342_HS1-416511228_319.1 Flying Discs 1949
Agency: Department of War
Incident date: 1/9/50
Page 99
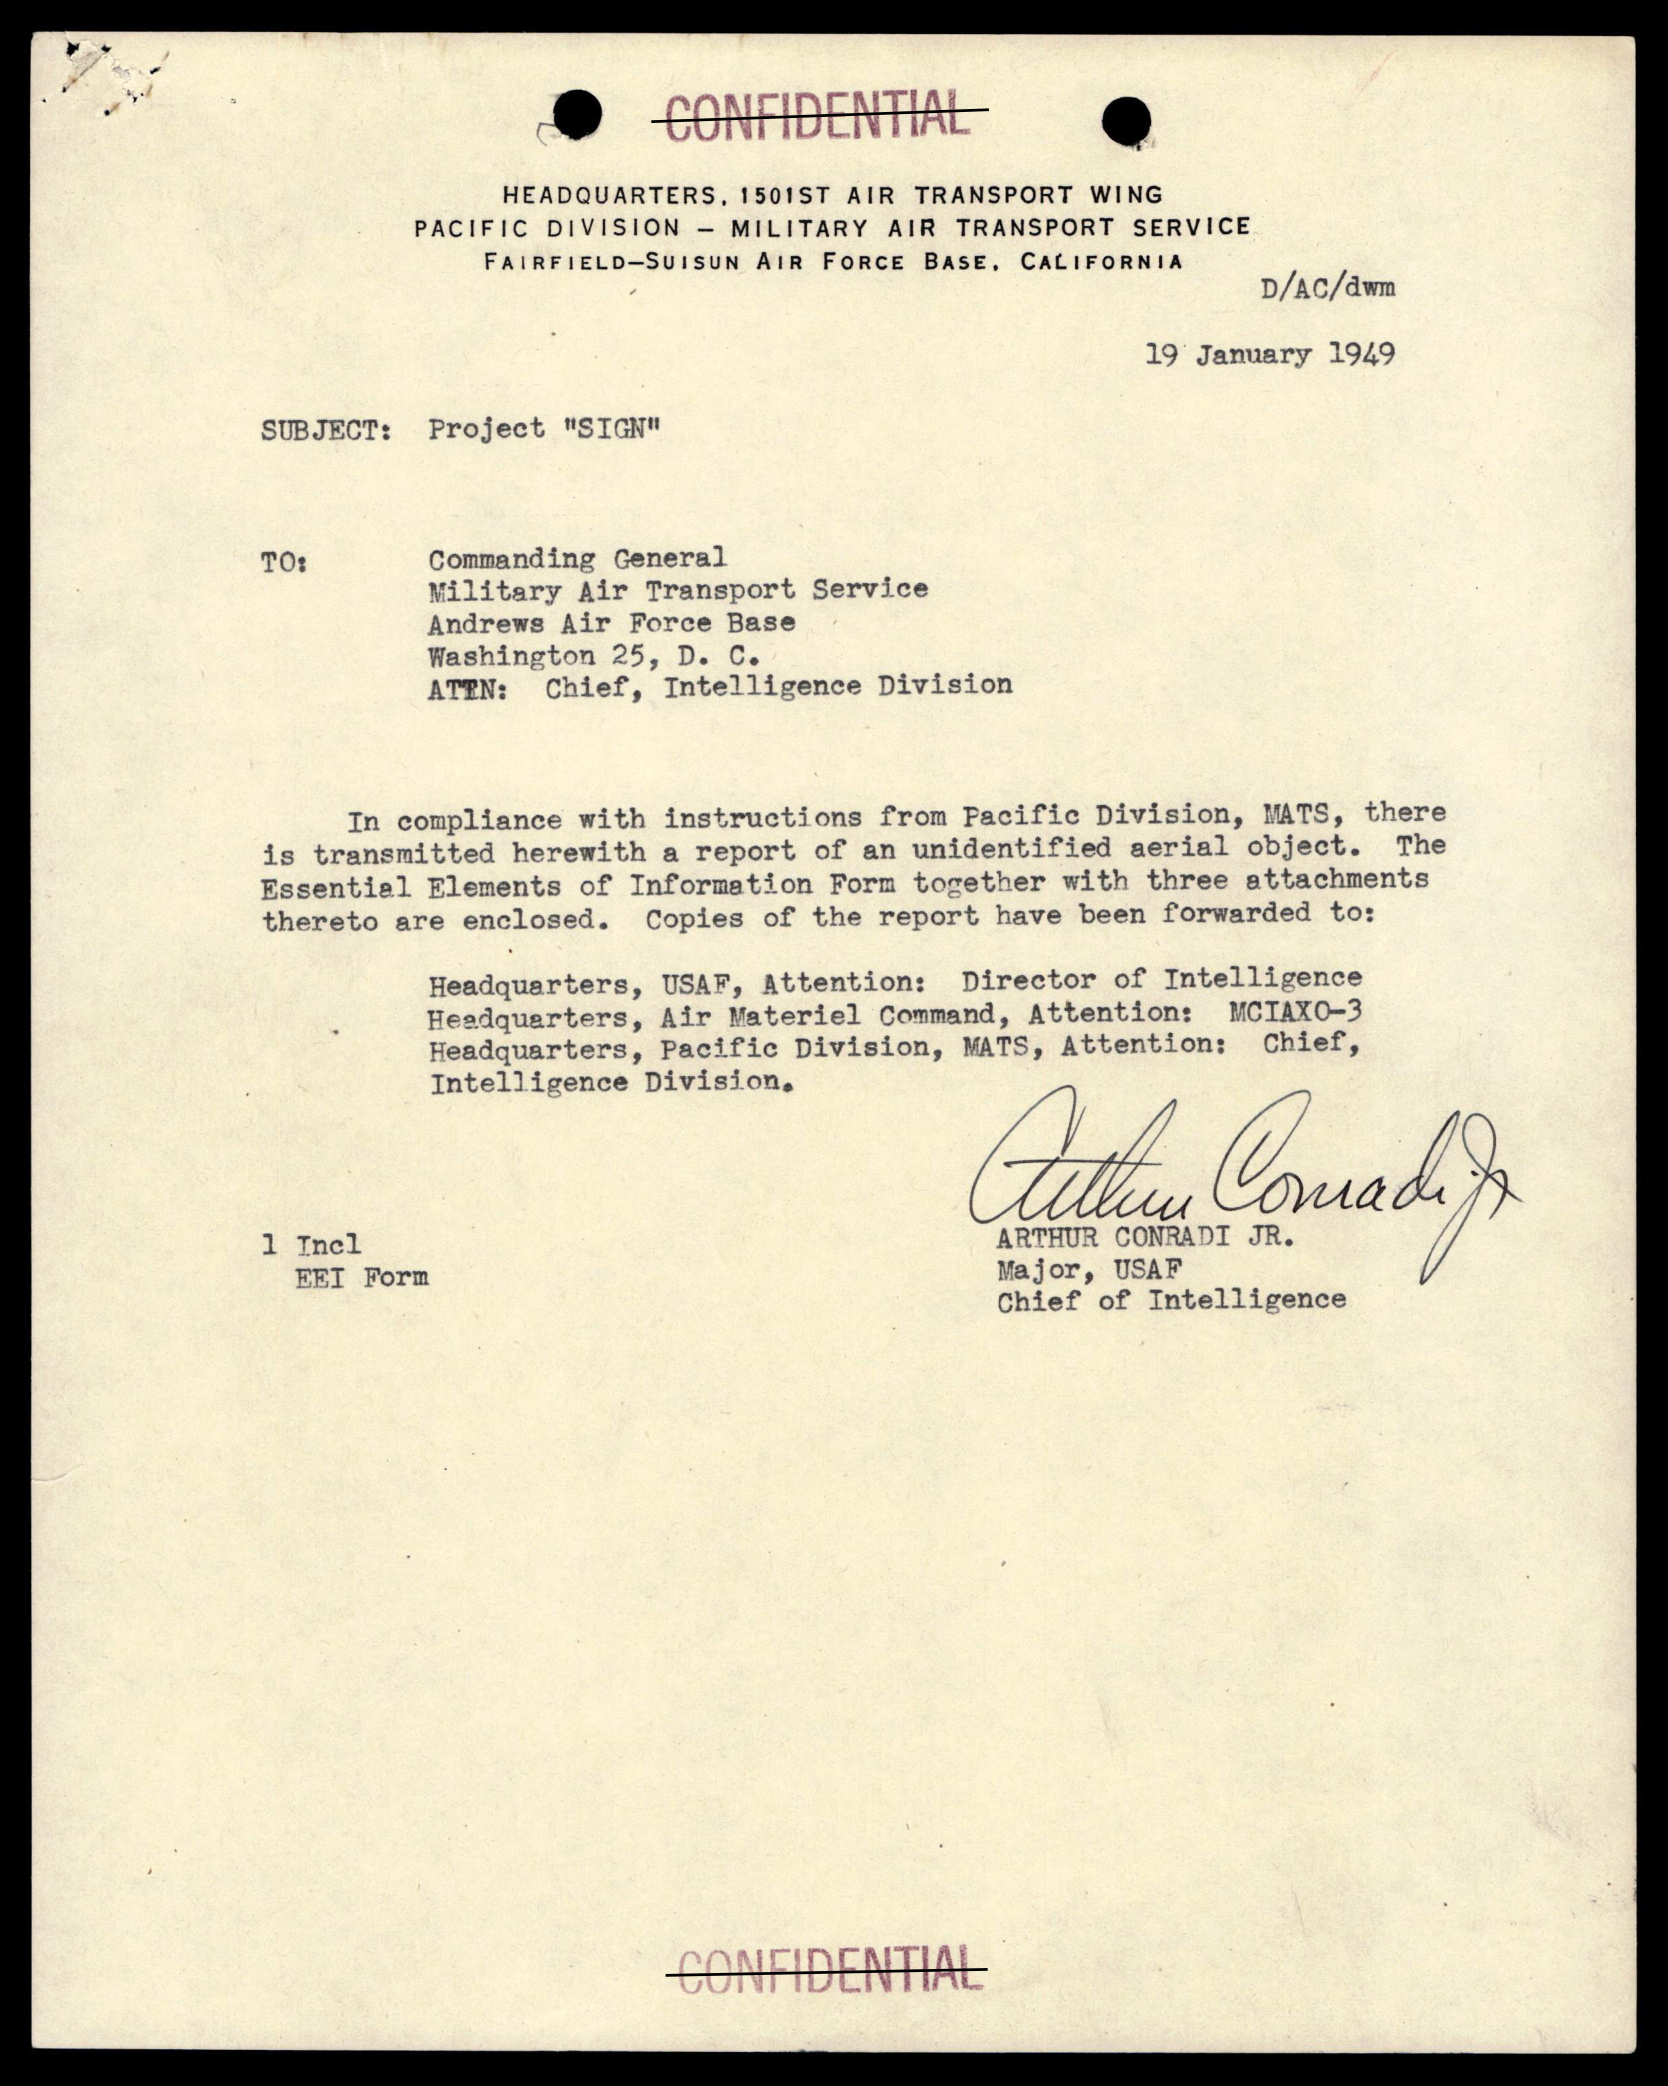